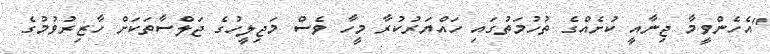
"އެހެންވީމާ ޖިނާއީ ކުށެއްގެ ތުހުމަތުގައި ހައްޔަރުކުރާ މީހާ ވެސް މަޖިލީހުގެ ޖަލްސާތަކަށް ހާޒިރުވުމުގެ